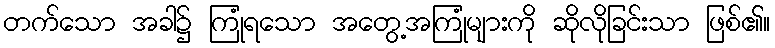
တက်သော အခါ၌ ကြုံရသော အတွေ့အကြုံများကို ဆိုလိုခြင်းသာ ဖြစ်၏။